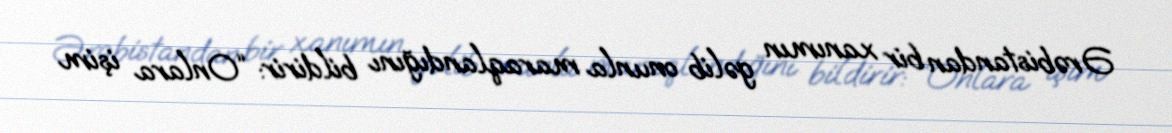
Ərəbistandan bir xanımın gəlib onunla maraqlandığını bildirir: “Onlara işim